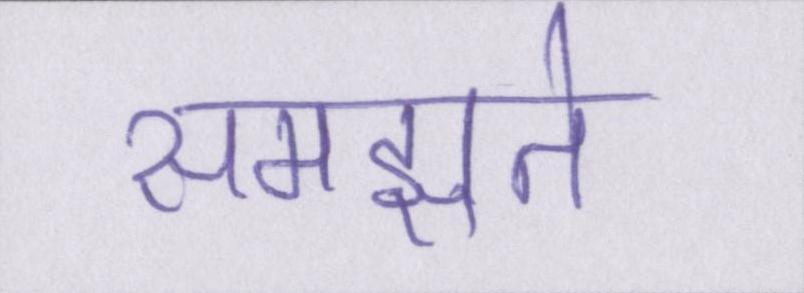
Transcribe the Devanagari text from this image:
समझते